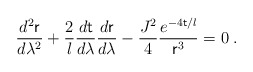
\begin{align*}\frac{d^2{\sf r}}{d\lambda^2}+\frac{2}{l} \frac{d\sf t}{d\lambda} \frac{d{\sf r}}{d\lambda}-\frac{J^2}{4}\frac{e^{-4{\sf t}/l}}{{\sf r}^3} = 0\;.\end{align*}